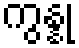
ကွန္နု